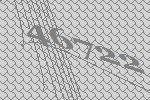
46722